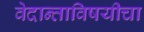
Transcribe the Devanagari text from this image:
वेदान्ताविषयीचा